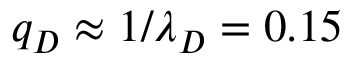
q _ { D } \approx 1 / \lambda _ { D } = 0 . 1 5